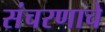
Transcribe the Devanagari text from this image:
संचरणाचे